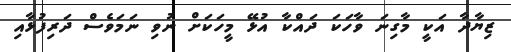
ޒިޔާދާ އަކީ މާގިނަ ވާހަކަ ދައްކާ އުޅޭ މީހަކަށް ނުވި ނަމަވެސް ދަރިފުޅާއި